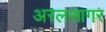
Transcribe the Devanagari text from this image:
अरलसागर